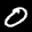
Label: 0